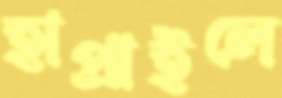
হাপ্‌রাইলে